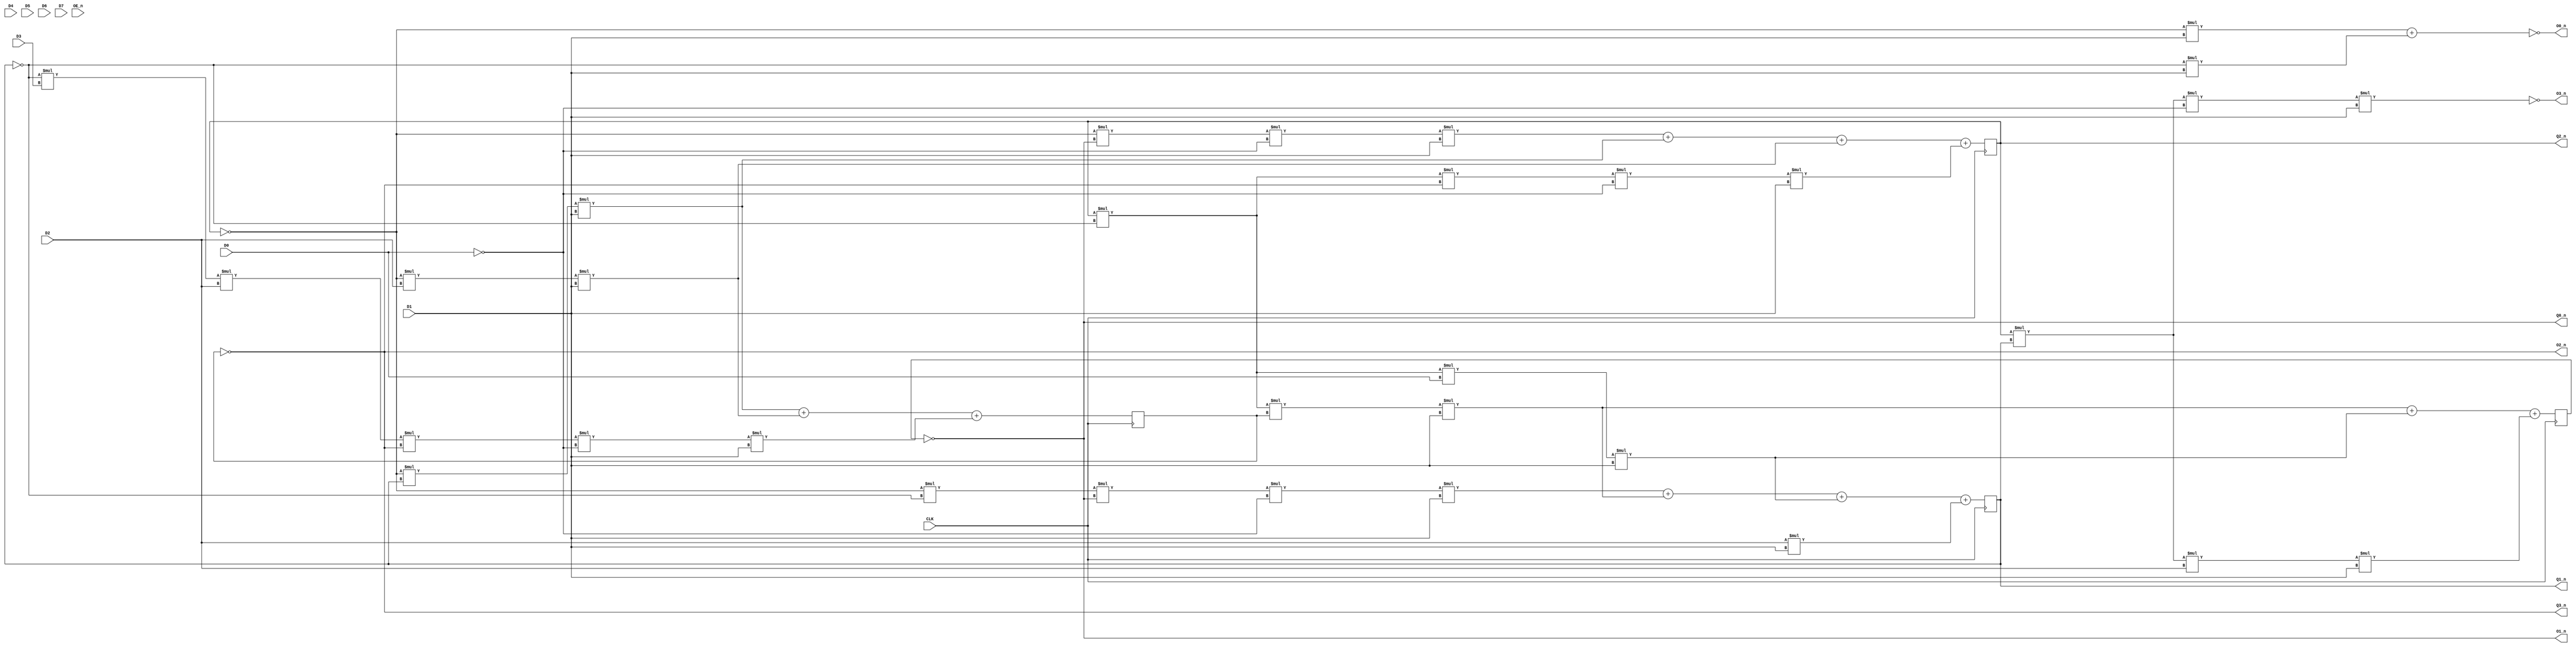
// PAL16R4             u718                     arb
// Rev 1.2             Jul  6 1984              JM
// 120 CPU P1 Bus (Multibus) Arbiter
// Sun Microsystems Inc                  Mt View, CA

module pal16R4_u718(input D0,
		     input D1,
		     input D2,
		     input D3,
		     input D4,
		     input D5,
		     input D6,
		     input D7,
		     output O0_n,
		     output O1_n,
		     output Q0_n,
		     output Q1_n,
		     output Q2_n,
		     output Q3_n,
		     output O2_n,
		     output O3_n,
		    input CLK,
		    input OE_n);

   wire clk, p1bprn, p1init, sysb, test;
   wire p1bpro, p1busy, p1cbrq;
   reg 	cbrqo = 0, aen = 0, q0 = 0, q1 = 0;
   wire p1breq;

   // clk /p1bprn /p1init sysb /test vcc vcc vcc vcc gnd
   assign clk = CLK;
   assign p1bprn = ~D0;
   assign p1init = ~D1;
   assign sysb = D2;
   assign test = ~D3;
   
   // /oe /p1breq /p1cbrq /cbrqo q0 q1 /aen /p1busy /p1bpro vcc
   assign O0_n = ~p1breq;
   assign O1_n = ~p1cbrq;
   assign Q0_n = ~cbrqo;
   assign Q1_n = q0;
   assign Q2_n = q1;
   assign Q3_n = ~aen;
   assign O2_n = ~p1busy;
   assign O3_n = ~p1bpro;

   assign p1bpro = q1 * q0 * p1bprn * ~p1init;
   assign p1busy = aen;
   assign p1cbrq = cbrqo;

  assign p1breq = ~q1 * ~p1init +
		  ~q0 * ~p1init;
   
   always @(posedge clk)
     begin
	cbrqo <= q1 * ~q0 * p1busy * ~p1init +
		 q1 * ~q0 * ~p1bprn * ~p1init +
		 q1 * q0 * sysb * ~p1init;
     
	aen <= ~q1 * q0 * ~p1init +
	       ~q1 * sysb * ~p1init +
	       ~q0 * ~test * sysb * ~p1busy * p1bprn * ~p1init;

//	$display("u718: aen=%b cbrqo=%b; q %b%b, p1init %b, sysb %b, test %b, p1cbrq %b p1busy %b p1bprn %b",
//		 aen, cbrqo, q1,q0, p1init, sysb, test, p1cbrq, p1busy, p1bprn);

	q1 <= ~q1 * ~p1cbrq * p1bprn * ~p1init +
	       ~q1 * q0 * ~p1init +
	       ~q1 * sysb * ~p1init +
	       q1 * ~q0 * ~p1busy * p1bprn * ~p1init;

	q0 <= ~q1 * ~q0 * ~p1cbrq * p1bprn * ~p1init +
	       q1 * ~q0 * p1busy * ~p1init +
	       q1 * ~q0 * ~p1bprn * ~p1init +
	       sysb * ~p1init;
     end

endmodule